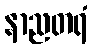
နာညတရံ